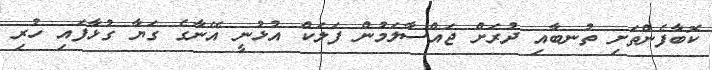
ކޮބާާފެންތަށި ތުނބާއި ދުރަށް ޖައްސާލަމުން ފަލަކް އުޅުނީ އޭނާގެ ގަޔާ ގުޅާފައި ހުރި